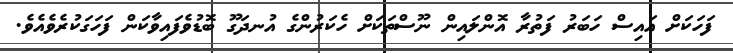
ފަހަކަށް އައިސް ހަބަރު ފަތުރާ އޮންލައިން ނޫސްތަކަށް ހެކަރުންގެ އުނދަގޫ ބޮޑުވެފައިވާކަން ފަހަގަކުރެވެއެވެ.